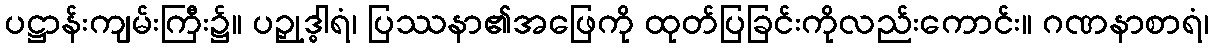
ပဋ္ဌာန်းကျမ်းကြီး၌။ ပဉှုဒ္ဓါရံ၊ ပြဿနာ၏အဖြေကို ထုတ်ပြခြင်းကိုလည်းကောင်း။ ဂဏနာစာရံ၊